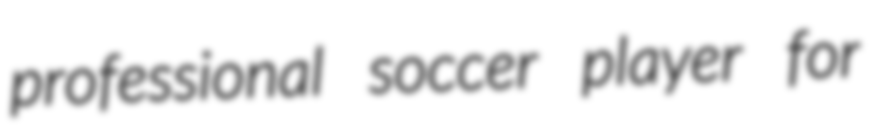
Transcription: professional soccer player for